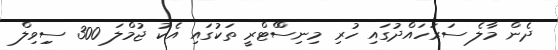
ދެން މާލެ ސަރަހައްދުގައި ހުރި މިނިސްްޓްރީ ތަކުގައި އެކު ޖުމްލަ 300 ސިިވިލް